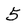
Character: 5